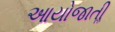
આયોજાતીૢ